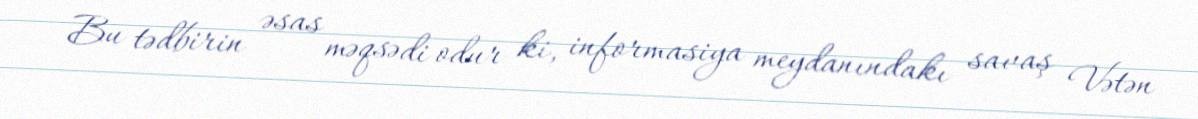
Bu tədbirin əsas məqsədi odur ki, informasiya meydanındakı savaş Vətən